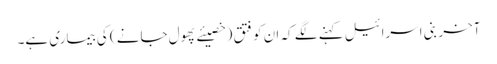
آخر بنی اسرائیل کہنے لگے کہ ان کو فتق (خصیئے پھول جانے ) کی بیماری ہے۔